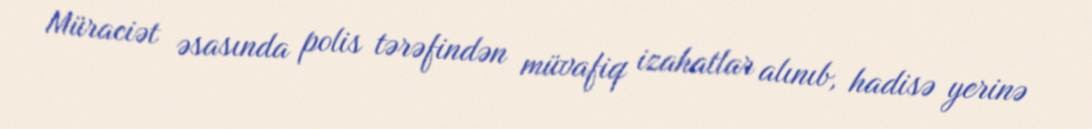
Müraciət əsasında polis tərəfindən müvafiq izahatlar alınıb, hadisə yerinə